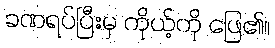
ခဏရပ်ပြီးမှ ကိုယ့်ကို ဖြေ၏။